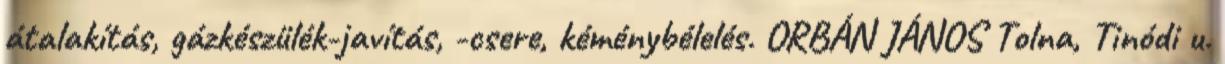
átalakítás, gázkészülék-javítás, -csere, kéménybélelés. ORBÁN JÁNOS Tolna, Tinódi u.